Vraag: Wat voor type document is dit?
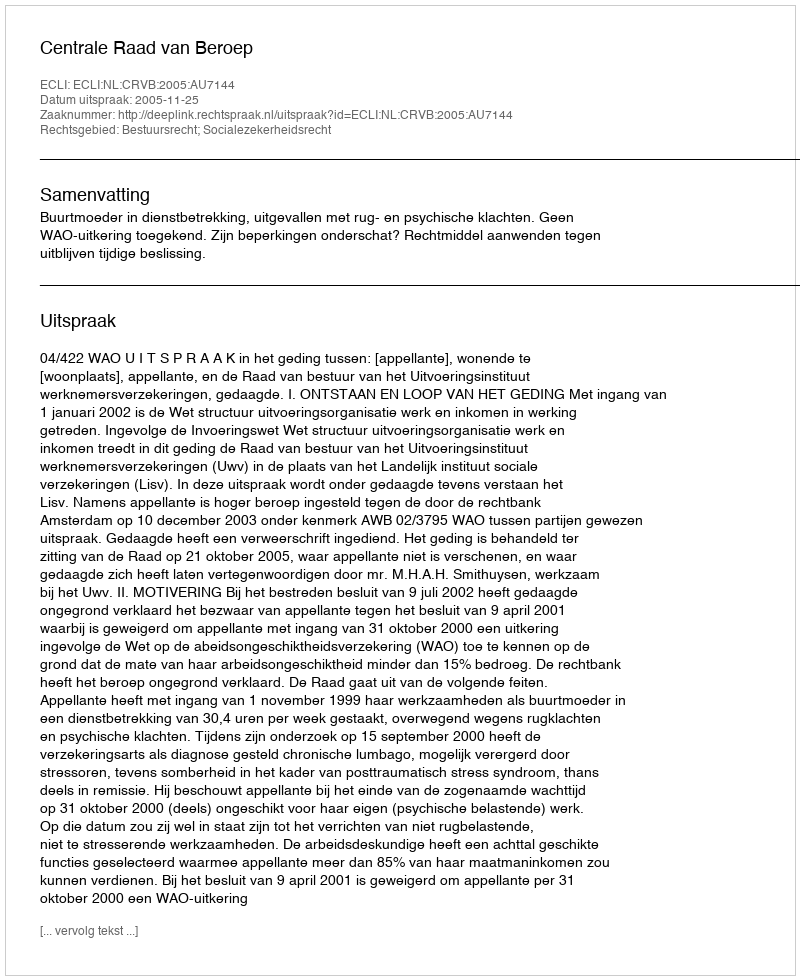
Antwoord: Uitspraak